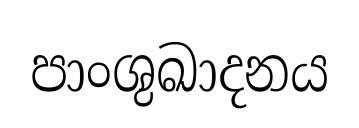
පාංශුඛාදනය